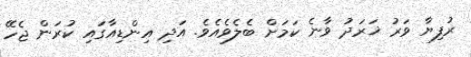
ރުފިޔާ ވަރު ޚަރަދު ވާނެ ކަމަށް ބެލެވެއެވެ. އަދި އިންޑިއާގައި ކުރަން ޖެހޭ